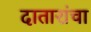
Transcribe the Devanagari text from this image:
दातारांचा